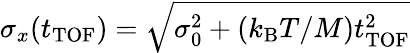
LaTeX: \sigma_{x}(t_{\mathrm{TOF}})=\sqrt{\sigma_{0}^{2}+(k_{\mathrm{B}}T/M)t_{\mathrm{TOF}}^{2}}